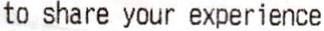
TO SHARE YOUR EXPERIENCE